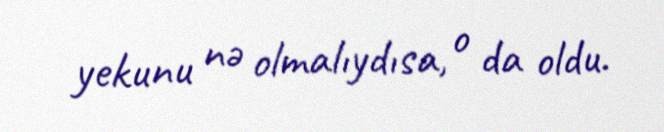
yekunu nə olmalıydısa, o da oldu.